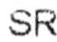
SR